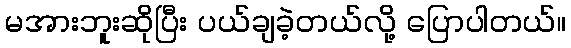
မအားဘူးဆိုပြီး ပယ်ချခဲ့တယ်လို့ ပြောပါတယ်။